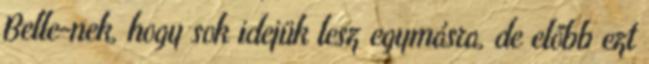
Belle-nek, hogy sok idejük lesz egymásra, de előbb ezt